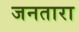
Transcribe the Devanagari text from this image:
जनतारा